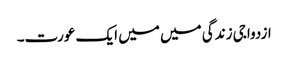
ازدواجی زندگی میں میں ایک عورت۔